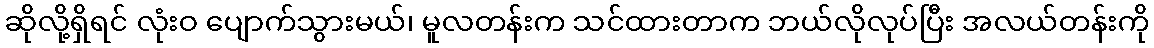
ဆိုလို့ရှိရင် လုံးဝ ပျောက်သွားမယ်၊ မူလတန်းက သင်ထားတာက ဘယ်လိုလုပ်ပြီး အလယ်တန်းကို